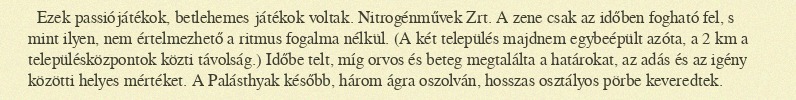
Ezek passiójátékok, betlehemes játékok voltak. Nitrogénművek Zrt. A zene csak az időben fogható fel, s mint ilyen, nem értelmezhető a ritmus fogalma nélkül. (A két település majdnem egybeépült azóta, a 2 km a településközpontok közti távolság.) Időbe telt, míg orvos és beteg megtalálta a határokat, az adás és az igény közötti helyes mértéket. A Palásthyak később, három ágra oszolván, hosszas osztályos pörbe keveredtek.